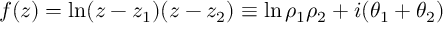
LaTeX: f ( z ) = \ln ( z - z _ { 1 } ) ( z - z _ { 2 } ) \equiv \ln \rho _ { 1 } \rho _ { 2 } + i ( \theta _ { 1 } + \theta _ { 2 } )